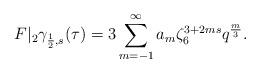
LaTeX: \begin{align*}F|_2\gamma_{\frac 12,s} (\tau)=3\sum\limits_{m=-1}^\infty a_m \zeta_6^{3+2ms}q^\frac m3.\end{align*}